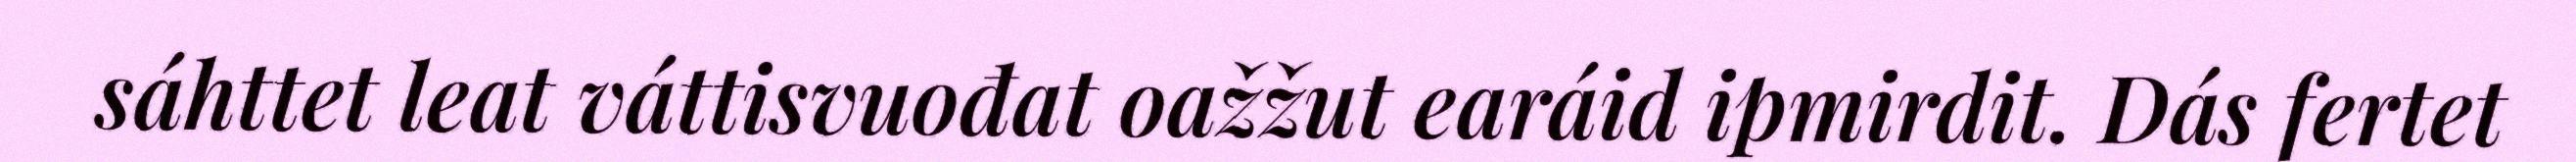
sáhttet leat váttisvuođat oažžut earáid ipmirdit. Dás fertet